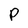
Character: p